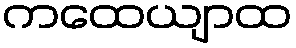
ကထေယျာထ